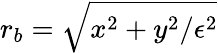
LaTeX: r_{b}=\sqrt{x^{2}+y^{2}/\epsilon^{2}}